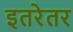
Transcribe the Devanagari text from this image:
इतरेतर